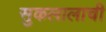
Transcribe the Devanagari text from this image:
सुकलालाची